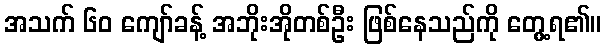
အသက် ၆၀ ကျော်ခန့် အဘိုးအိုတစ်ဦး ဖြစ်နေသည်ကို တွေ့ရ၏။